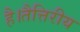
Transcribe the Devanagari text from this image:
है।तैत्तिरीय